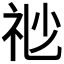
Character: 𥘷